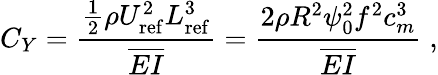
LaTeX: C_{Y}=\frac{\frac{1}{2}\rho U_{\mathrm{ref}}^{2}L_{\mathrm{ref}}^{3}}{\overline{{EI}}}=\frac{2\rho R^{2}\psi_{0}^{2}f^{2}c_{m}^{3}}{\overline{{EI}}}\; ,